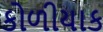
કોળીયાક